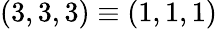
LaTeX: (3,3,3)\equiv(1,1,1)